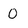
Character: 0